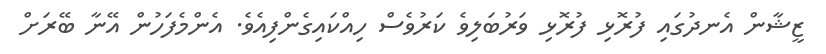
ޒީޝާން އެނދުގައި ފުރޮޅި ފުރޮޅި ވަރުބަލިވެ ކަރުވެސް ހިއްކައިގެންފިއެވެ. އެންމެފަހުން އޭނާ ބޭރަށް